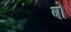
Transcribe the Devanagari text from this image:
षों